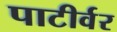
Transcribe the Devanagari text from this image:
पाटीर्वर